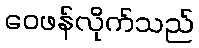
ဝေဖန်လိုက်သည်